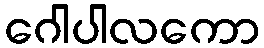
ဂေါပါလကော